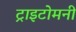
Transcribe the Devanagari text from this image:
ट्राइटोमनी